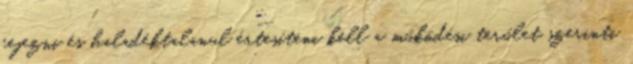
fejezni és haladéktalanul értesíteni kell a működési terület szerinti